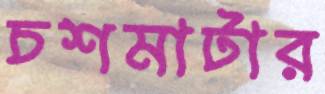
চশমাটার